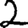
Digit: 2